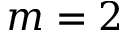
m = 2